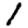
Digit: 1